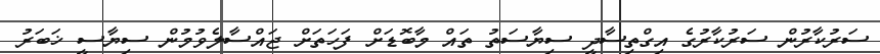
ސަރުކާރުން ސަރުކާރުގެ އިގްތިސާދީ ސިޔާސަތު ތައް މާބޮޑަށް ފަހަތަށް ޖައްސާލެވުމުން ސިޔާސީ ޚަބަރު